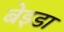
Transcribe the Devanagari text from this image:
बेइडा